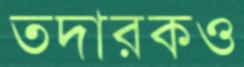
তদারকও